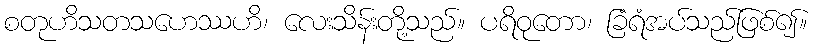
စတုဟိသတသဟေဿဟိ၊ လေးသိန်းတို့သည်။ ပရိဝုတော၊ ခြံရံအပ်သည်ဖြစ်၍။